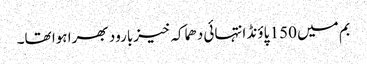
بم میں 150 پاؤنڈ انتہائی دھماکہ خیزبارود بھرا ہوا تھا۔